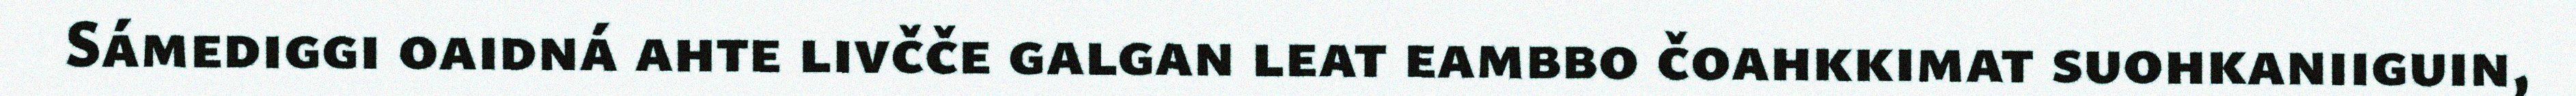
Sámediggi oaidná ahte livčče galgan leat eambbo čoahkkimat suohkaniiguin,